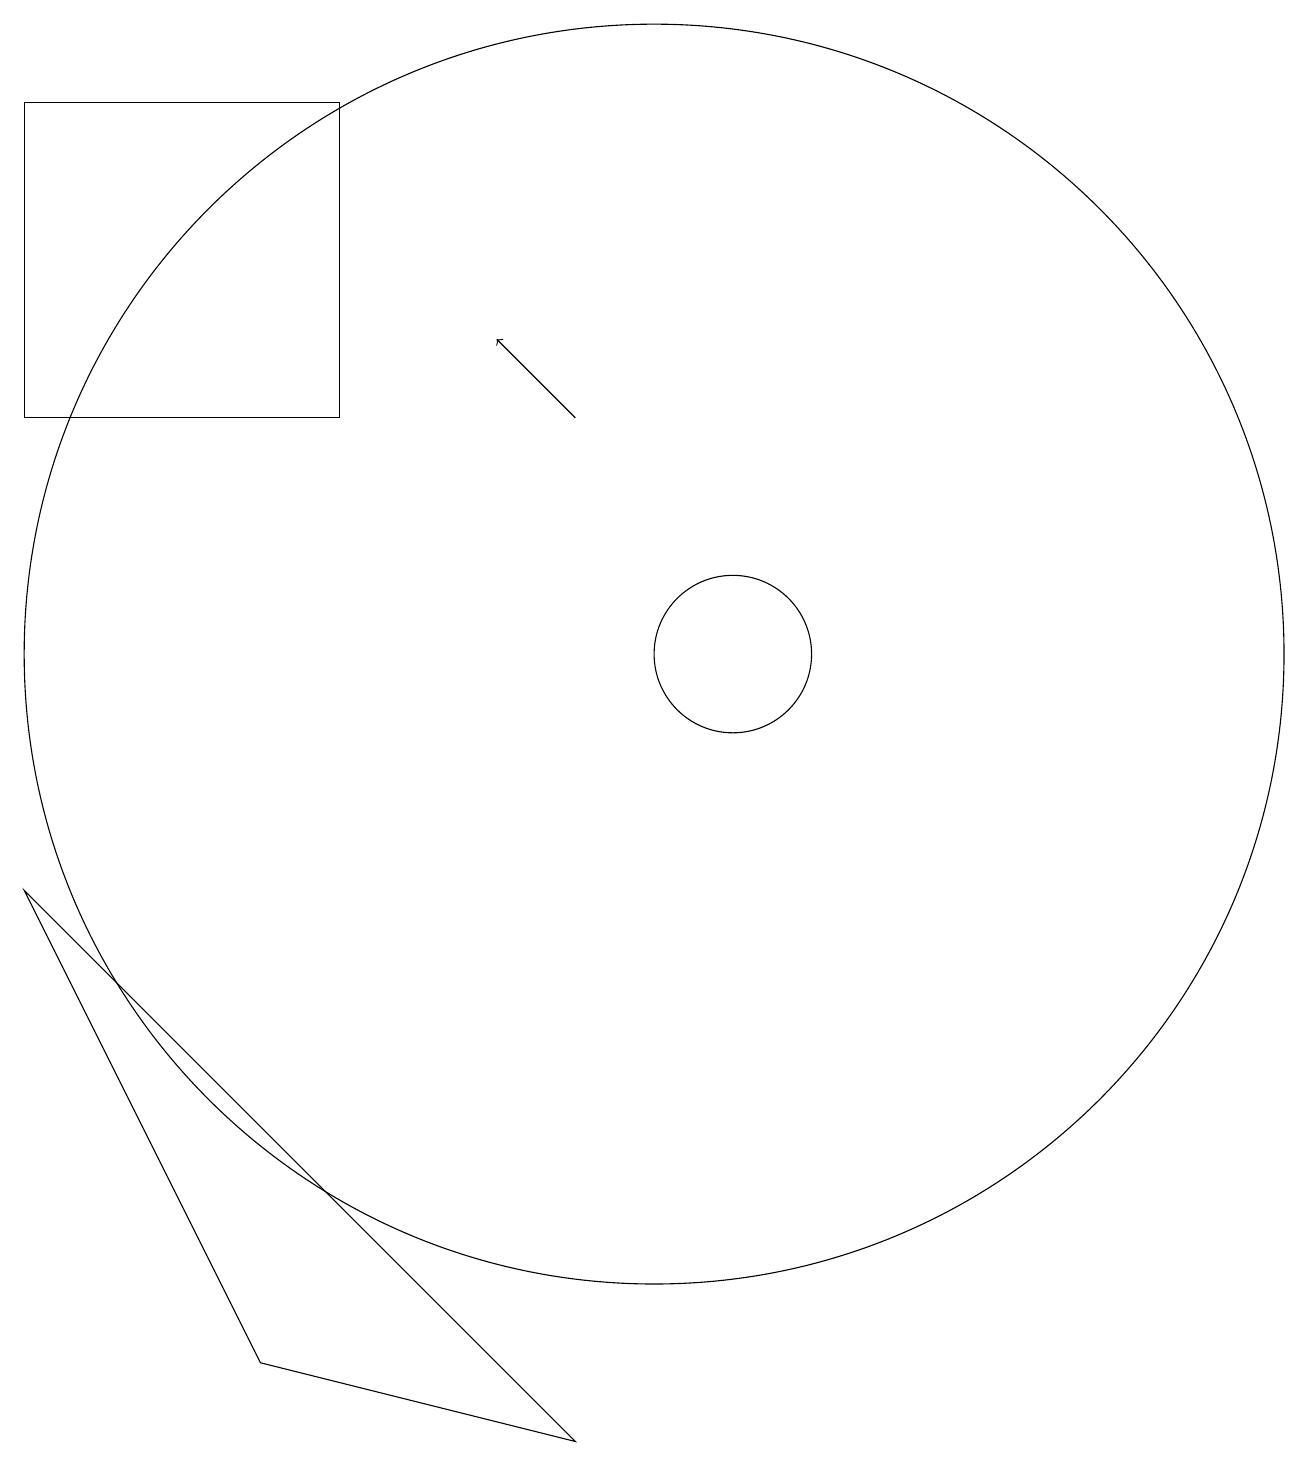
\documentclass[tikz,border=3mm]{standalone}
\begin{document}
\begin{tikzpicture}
\draw (11,11) circle (1);
\draw (10,11) circle (8);
\draw[->] (9,14) -- (8,15);
\draw (2,14) rectangle (6,18);
\draw (5,2) -- (2,8) -- (9,1) -- cycle;
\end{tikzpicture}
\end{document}